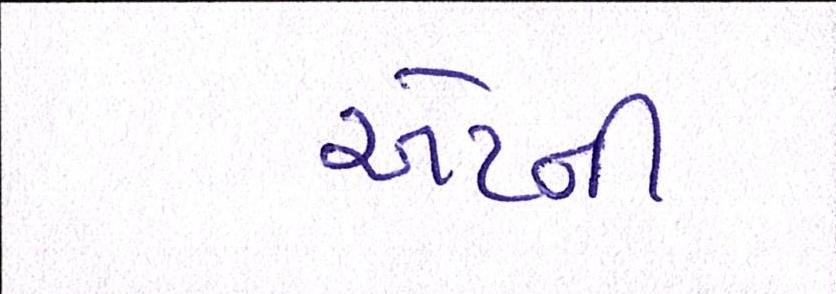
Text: એટર્ની